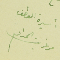
أسيرة العطف مرغريت الحداد